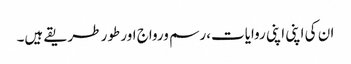
ان کی اپنی اپنی روایات،رسم ورواج اور طور طریقے ہیں۔